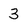
Character: 3